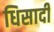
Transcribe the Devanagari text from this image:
धिसादी